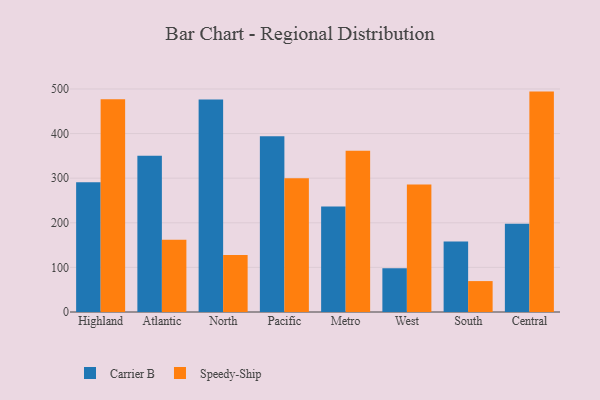
{"axis": {"x": "Region", "y": "Active Users"}, "legend": ["Carrier B", "Speedy-Ship"], "data": [{"x": "Highland", "y": 291.0, "type": "Carrier B"}, {"x": "Highland", "y": 477.0, "type": "Speedy-Ship"}, {"x": "Atlantic", "y": 350.4, "type": "Carrier B"}, {"x": "Atlantic", "y": 161.8, "type": "Speedy-Ship"}, {"x": "North", "y": 476.3, "type": "Carrier B"}, {"x": "North", "y": 128.0, "type": "Speedy-Ship"}, {"x": "Pacific", "y": 393.8, "type": "Carrier B"}, {"x": "Pacific", "y": 299.9, "type": "Speedy-Ship"}, {"x": "Metro", "y": 236.7, "type": "Carrier B"}, {"x": "Metro", "y": 361.4, "type": "Speedy-Ship"}, {"x": "West", "y": 98.3, "type": "Carrier B"}, {"x": "West", "y": 285.6, "type": "Speedy-Ship"}, {"x": "South", "y": 157.8, "type": "Carrier B"}, {"x": "South", "y": 69.3, "type": "Speedy-Ship"}, {"x": "Central", "y": 197.8, "type": "Carrier B"}, {"x": "Central", "y": 494.1, "type": "Speedy-Ship"}]}